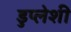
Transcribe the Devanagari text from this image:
डुप्लेशी